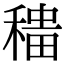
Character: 𫁁